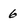
Character: 6